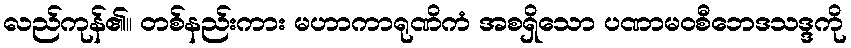
လည်ကုန်၏။ တစ်နည်းကား မဟာကာရုဏိကံ အစရှိသော ပဏာမဝစီဘေဒသဒ္ဒကို